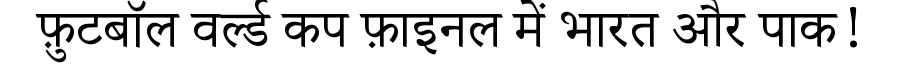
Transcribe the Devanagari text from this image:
फ़ुटबॉल वर्ल्ड कप फ़ाइनल में भारत और पाक!